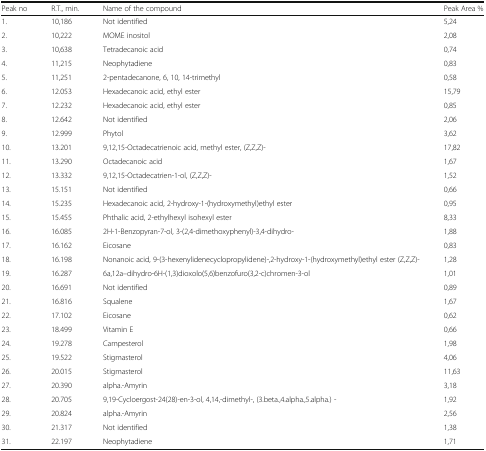
<table><thead><tr><td><b>Peak no</b></td><td><b>R.T., min.</b></td><td><b>Name of the compound</b></td><td><b>Peak Area %</b></td></tr></thead><tbody><tr><td>1.</td><td>10,186</td><td>Not identified</td><td>5,24</td></tr><tr><td>2.</td><td>10,222</td><td>MOME inositol</td><td>2,08</td></tr><tr><td>3.</td><td>10,638</td><td>Tetradecanoic acid</td><td>0,74</td></tr><tr><td>4.</td><td>11,215</td><td>Neophytadiene</td><td>0,83</td></tr><tr><td>5.</td><td>11,251</td><td>2-pentadecanone, 6, 10, 14-trimethyl</td><td>0,58</td></tr><tr><td>6.</td><td>12.053</td><td>Hexadecanoic acid, ethyl ester</td><td>15,79</td></tr><tr><td>7.</td><td>12.232</td><td>Hexadecanoic acid, ethyl ester</td><td>0,85</td></tr><tr><td>8.</td><td>12.642</td><td>Not identified</td><td>2,06</td></tr><tr><td>9.</td><td>12.999</td><td>Phytol</td><td>3,62</td></tr><tr><td>10.</td><td>13.201</td><td>9,12,15-Octadecatrienoic acid, methyl ester, (Z,Z,Z)-</td><td>17,82</td></tr><tr><td>11.</td><td>13.290</td><td>Octadecanoic acid</td><td>1,67</td></tr><tr><td>12.</td><td>13.332</td><td>9,12,15-Octadecatrien-1-ol, (Z,Z,Z)-</td><td>1,52</td></tr><tr><td>13.</td><td>15.151</td><td>Not identified</td><td>0,66</td></tr><tr><td>14.</td><td>15.235</td><td>Hexadecanoic acid, 2-hydroxy-1-(hydroxymethyl)ethyl ester</td><td>0,95</td></tr><tr><td>15.</td><td>15.455</td><td>Phthalic acid, 2-ethylhexyl isohexyl ester</td><td>8,33</td></tr><tr><td>16.</td><td>16.085</td><td>2H-1-Benzopyran-7-ol, 3-(2,4-dimethoxyphenyl)-3,4-dihydro-</td><td>1,88</td></tr><tr><td>17.</td><td>16.162</td><td>Eicosane</td><td>0,83</td></tr><tr><td>18.</td><td>16.198</td><td>Nonanoic acid, 9-(3-hexenylidenecyclopropylidene)-,2-hydroxy-1-(hydroxymethyl)ethyl ester (Z,Z,Z)-</td><td>1,28</td></tr><tr><td>19.</td><td>16.287</td><td>6a,12a–dihydro-6H-(1,3)dioxolo(5,6)benzofuro(3,2-c)chromen-3-ol</td><td>1,01</td></tr><tr><td>20.</td><td>16.691</td><td>Not identified</td><td>0,89</td></tr><tr><td>21.</td><td>16.816</td><td>Squalene</td><td>1,67</td></tr><tr><td>22.</td><td>17.102</td><td>Eicosane</td><td>0,62</td></tr><tr><td>23.</td><td>18.499</td><td>Vitamin E</td><td>0,66</td></tr><tr><td>24.</td><td>19.278</td><td>Campesterol</td><td>1,98</td></tr><tr><td>25.</td><td>19.522</td><td>Stigmasterol</td><td>4,06</td></tr><tr><td>26.</td><td>20.015</td><td>Stigmasterol</td><td>11,63</td></tr><tr><td>27.</td><td>20.390</td><td>alpha.-Amyrin</td><td>3,18</td></tr><tr><td>28.</td><td>20.705</td><td>9,19-Cycloergost-24(28)-en-3-ol, 4,14,-dimethyl-, (3.beta.,4.alpha.,5.alpha.) -</td><td>1,92</td></tr><tr><td>29.</td><td>20.824</td><td>alpha.-Amyrin</td><td>2,56</td></tr><tr><td>30.</td><td>21.317</td><td>Not identified</td><td>1,38</td></tr><tr><td>31.</td><td>22.197</td><td>Neophytadiene</td><td>1,71</td></tr></tbody></table>